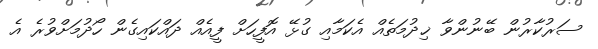
ސަރުކާރުން ބޭނުންވާ ޚިދުމަތެއް އެކަމާއި ގުޅޭ އޮފީހަށް ފީއެއް ދައްކައިގެން ހޯދުމަށްވުރެ އެ